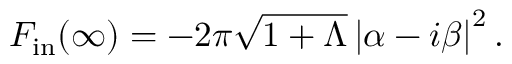
{ \cal F } _ { \mathrm { i n } } ( \infty ) = - 2 \pi \sqrt { 1 + \Lambda } \left\vert \alpha - i \beta \right\vert ^ { 2 } .